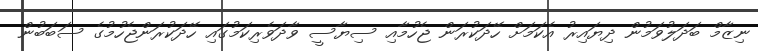
ނިޒާމް ބަދަލުވަމުން ދިޔައިރު އެކަމަށް ހޭދަކުރަން ޖެހުމާއި ސިޔާސީ ވާދަވެރިކަމުގައި ހޭދަކުރަންޖެހުމުގެ ސަބަބުން